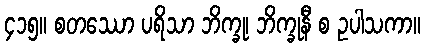
၄၁၅။ စတဿော ပရိသာ ဘိက္ခု၊ ဘိက္ခုနီ စ ဥပါသကာ။